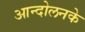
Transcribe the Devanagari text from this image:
आन्दोलनके